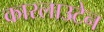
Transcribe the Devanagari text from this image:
कारलाउटेन